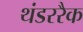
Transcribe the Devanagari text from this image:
थंडररैक